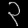
Digit: ၃